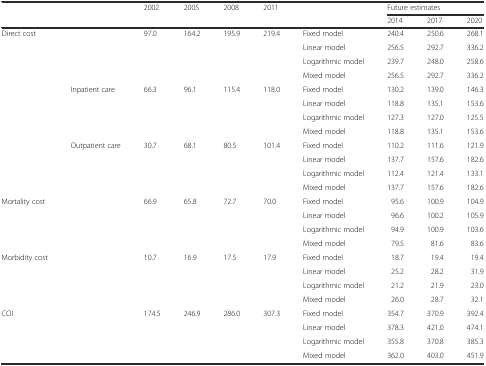
<table><thead><tr><td rowspan="2"></td><td rowspan="2"></td><td rowspan="2"><b>2002</b></td><td rowspan="2"><b>2005</b></td><td rowspan="2"><b>2008</b></td><td rowspan="2"><b>2011</b></td><td rowspan="2"></td><td colspan="3"><b>Future estimates</b></td></tr><tr><td><b>2014</b></td><td><b>2017</b></td><td><b>2020</b></td></tr></thead><tbody><tr><td rowspan="4">Direct cost</td><td rowspan="4"></td><td rowspan="4">97.0</td><td rowspan="4">164.2</td><td rowspan="4">195.9</td><td rowspan="4">219.4</td><td>Fixed model</td><td>240.4</td><td>250.6</td><td>268.1</td></tr><tr><td>Linear model</td><td>256.5</td><td>292.7</td><td>336.2</td></tr><tr><td>Logarithmic model</td><td>239.7</td><td>248.0</td><td>258.6</td></tr><tr><td>Mixed model</td><td>256.5</td><td>292.7</td><td>336.2</td></tr><tr><td rowspan="4"></td><td rowspan="4">Inpatient care</td><td rowspan="4">66.3</td><td rowspan="4">96.1</td><td rowspan="4">115.4</td><td rowspan="4">118.0</td><td>Fixed model</td><td>130.2</td><td>139.0</td><td>146.3</td></tr><tr><td>Linear model</td><td>118.8</td><td>135.1</td><td>153.6</td></tr><tr><td>Logarithmic model</td><td>127.3</td><td>127.0</td><td>125.5</td></tr><tr><td>Mixed model</td><td>118.8</td><td>135.1</td><td>153.6</td></tr><tr><td rowspan="4"></td><td rowspan="4">Outpatient care</td><td rowspan="4">30.7</td><td rowspan="4">68.1</td><td rowspan="4">80.5</td><td rowspan="4">101.4</td><td>Fixed model</td><td>110.2</td><td>111.6</td><td>121.9</td></tr><tr><td>Linear model</td><td>137.7</td><td>157.6</td><td>182.6</td></tr><tr><td>Logarithmic model</td><td>112.4</td><td>121.4</td><td>133.1</td></tr><tr><td>Mixed model</td><td>137.7</td><td>157.6</td><td>182.6</td></tr><tr><td rowspan="4">Mortality cost</td><td rowspan="4"></td><td rowspan="4">66.9</td><td rowspan="4">65.8</td><td rowspan="4">72.7</td><td rowspan="4">70.0</td><td>Fixed model</td><td>95.6</td><td>100.9</td><td>104.9</td></tr><tr><td>Linear model</td><td>96.6</td><td>100.2</td><td>105.9</td></tr><tr><td>Logarithmic model</td><td>94.9</td><td>100.9</td><td>103.6</td></tr><tr><td>Mixed model</td><td>79.5</td><td>81.6</td><td>83.6</td></tr><tr><td rowspan="4">Morbidity cost</td><td rowspan="4"></td><td rowspan="4">10.7</td><td rowspan="4">16.9</td><td rowspan="4">17.5</td><td rowspan="4">17.9</td><td>Fixed model</td><td>18.7</td><td>19.4</td><td>19.4</td></tr><tr><td>Linear model</td><td>25.2</td><td>28.2</td><td>31.9</td></tr><tr><td>Logarithmic model</td><td>21.2</td><td>21.9</td><td>23.0</td></tr><tr><td>Mixed model</td><td>26.0</td><td>28.7</td><td>32.1</td></tr><tr><td rowspan="4">COI</td><td rowspan="4"></td><td rowspan="4">174.5</td><td rowspan="4">246.9</td><td rowspan="4">286.0</td><td rowspan="4">307.3</td><td>Fixed model</td><td>354.7</td><td>370.9</td><td>392.4</td></tr><tr><td>Linear model</td><td>378.3</td><td>421.0</td><td>474.1</td></tr><tr><td>Logarithmic model</td><td>355.8</td><td>370.8</td><td>385.3</td></tr><tr><td>Mixed model</td><td>362.0</td><td>403.0</td><td>451.9</td></tr></tbody></table>